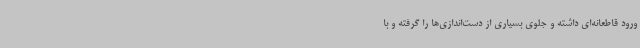
ورود قاطعانه‌ای داشته و جلوی بسیاری از دست‌اندازی‌ها را گرفته و با